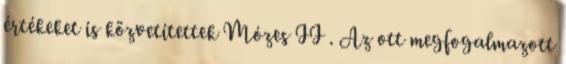
értékeket is közvetítettek Mózes II . Az ott megfogalmazott